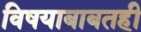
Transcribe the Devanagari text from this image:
विषयाबाबतही